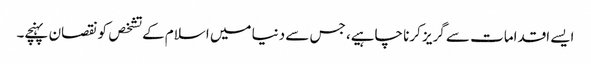
ایسے اقدامات سے گریز کرنا چاہیے، جس سے دنیا میں اسلام کے تشخص کونقصان پہنچے۔